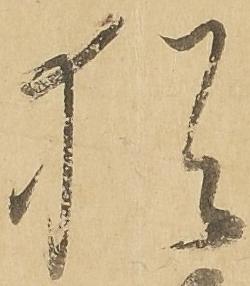
猶